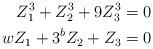
LaTeX: \begin{align*} Z_1^3+Z_2^3+9Z_3^3=0\\ wZ_1+3^bZ_2+Z_3=0\end{align*}